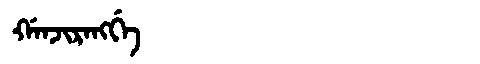
Manchu: ᡤᠠᠨᠵᡳᡵᠠᠩᡤᡝ
Romanization: GANJIRANGGE